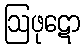
ဩဖုဋော